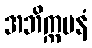
အဘိက္ကမနံ